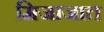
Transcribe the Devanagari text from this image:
मिजाजात